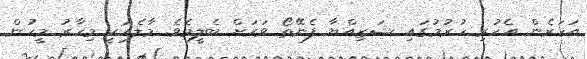
އަހަރެން އެހުރި ހުރުމުގައި ޝަޒިއްޔާ ފެނޭތޯ ވަރަށް ބެލީމެވެ. މާލެއަކީ މިހާރު މީހުން